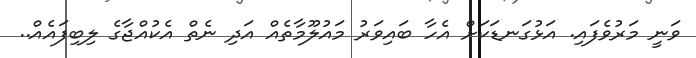
ވަނީ މަރުވެފައި. އަޅުގަނޑަކަށް އެހާ ބައިވަރު މައުލޫމާތެއް އަދި ނެތް އެކުއްޖާގެ ލިބިފައެއް..